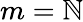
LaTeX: m=\mathbb{N}